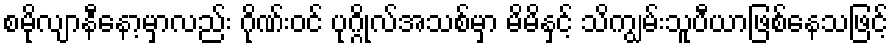
စမိုလျာနီနော့မှာလည်း ဂိုဏ်းဝင် ပုဂ္ဂိုလ်အသစ်မှာ မိမိနှင့် သိကျွမ်းသူပီယာဖြစ်နေသဖြင့်